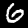
Label: 6